Report of the Indian Hemp Drugs Commission, 1894-1895 - Volume VIII
Year: 1894
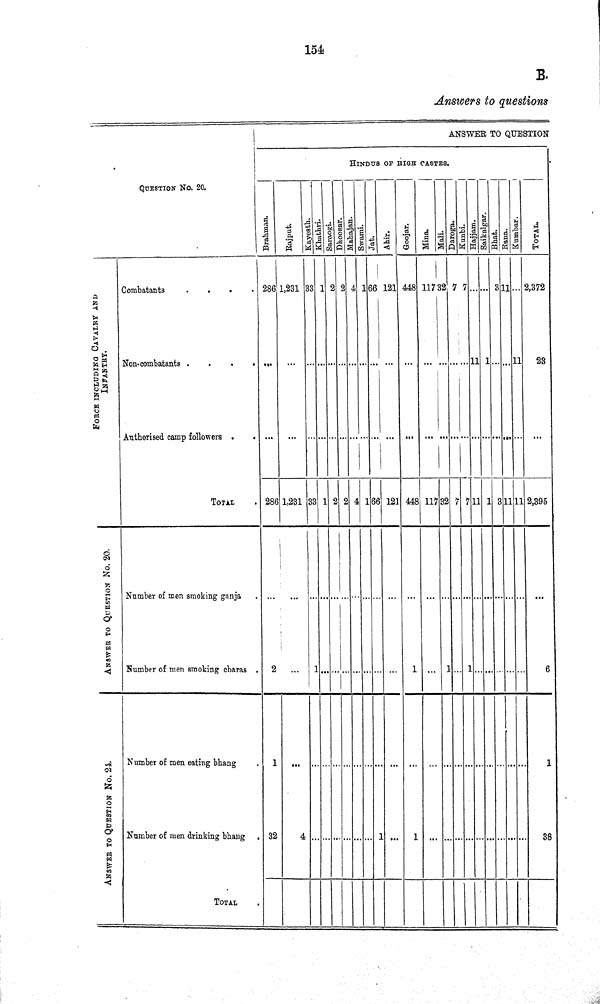
154
B.
Answers to questions
ANSWER TO QUESTION
HINDUS OF HIGH CASTES.
QUESTION NO. 20.
Brahman.
Rajput. Kayesth.
Khathari. Saraogi.
Dhoosar. Mahajan. Swami. Jat. Ahir. Goojar. Mina. Mali. Daroga. Kunbi.
Hajjam.
Saikalgar. Bhat.
Rana. Kunmbar. TOTAL.
FORCE INCLUDING CAVALRY AND
INFANTRY.
Combatants
286 1,231 33
1
2 2 4 1
66
121 448 117 32 7 7
3
11
2,372
FORCE INCLUDING CAVALRY AND
INFANTRY.
Non-combatants
11 1
11
23
FORCE INCLUDING CAVALRY AND
INFANTRY.
Authorised camp followers
TOTAL
286 1,231
33 1 2 2 4 1 66
121 448 117 32 7 7 11 1 3 11
11
2,395
ANSWER TO QUESTION NO. 20.
Number of men smoking ganja
ANSWER TO QUESTION NO. 20.
Number of men smoking charas
2
1
1
1 1
1
6
ANSWER TO QUESTION NO. 24.
Number of men eating bhang
1
1
ANSWER TO QUESTION NO. 24.
Number of men drinking bhang
32
4
1
1
38
ANSWER TO QUESTION NO. 24.
TOTAL